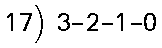
17) 3-2-1-0